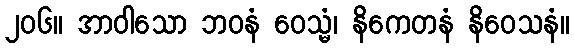
၂၀၆။ အာဝါသော ဘဝနံ ဝေသ္မံ၊ နိကေတနံ နိဝေသနံ။